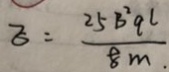
z = \frac { 2 5 B ^ { 2 } q ^ { L } } { 8 m . }